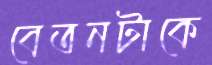
বেতনটাকে